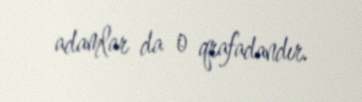
adamlar da o qrafadandır.